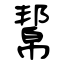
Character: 幚